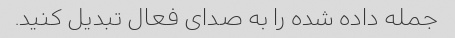
جمله داده شده را به صدای فعال تبدیل کنید.